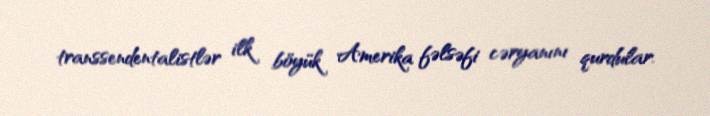
transsendentalistlər ilk böyük Amerika fəlsəfi cəryanını qurdular.